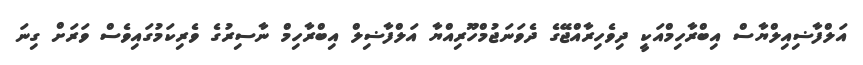
އަލްފާޟިއިލްޔާސް އިބްރާހިމްއަކީ ދިވެހިރާއްޖޭގެ ދެވަނަޖުމްހޫރިއްޔާ އަލްފާޟިލް އިބްރާހިމް ނާސިރުގެ ވެރިކަމުގައިވެސް ވަރަށް ގިނަ